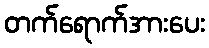
တက်ရောက်အားပေး